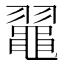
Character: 𪓦